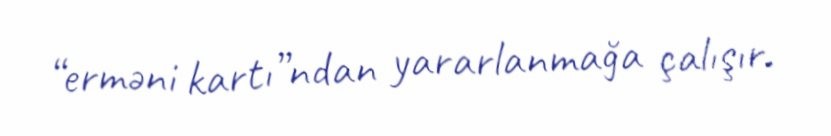
“erməni kartı”ndan yararlanmağa çalışır.